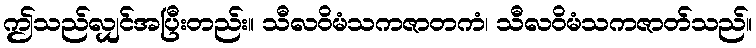
ဤသည်လျှင်အပြီးတည်း။ သီလဝိမံသကဇာတကံ၊ သီလဝိမံသကဇာတ်သည်။